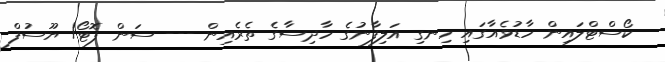
ކޯސްޓްލައިން ހާޑުވެއާގައި ހިނގި އަލިފާނުގެ ހާދިސާގެ ތެރެއިން --- ސަން ފޮޓޯ/ ޔޫސުފް